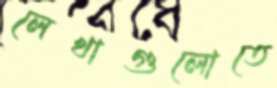
লেখাগুলোতে